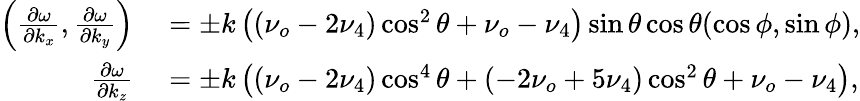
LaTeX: \begin{array}{rl}{\left(\frac{\partial\omega}{\partial k_{x}},\frac{\partial\omega}{\partial k_{y}}\right)}&{{}=\pm k\left(\left(\nu_{o}-2\nu_{4}\right)\cos^{2}\theta+\nu_{o}-\nu_{4}\right)\sin\theta\cos\theta(\cos\phi,\sin\phi),}\\ {\frac{\partial\omega}{\partial k_{z}}}&{{}=\pm k\left(\left(\nu_{o}-2\nu_{4}\right)\cos^{4}\theta+\left(-2\nu_{o}+5\nu_{4}\right)\cos^{2}\theta+\nu_{o}-\nu_{4}\right),}\end{array}